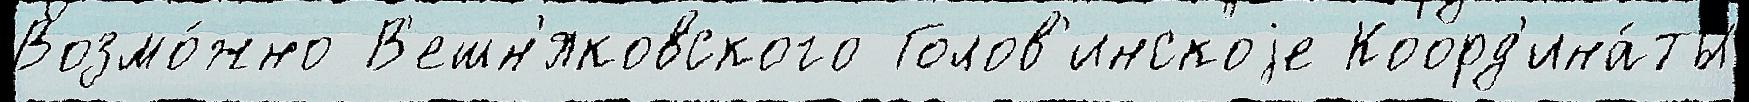
Возмо́жно В'ешн'яковского Голов'инскоjе Коорд'ина́ты